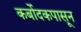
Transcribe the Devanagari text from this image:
कर्बोदकपासून